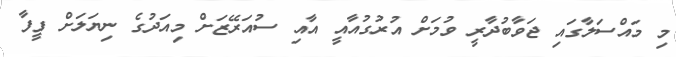
މި މައްސަލާގައި ޖަވާބުދާރީ ވުމަށް އުރުގުއާއީ އާއި ސުއަރޭޒަށް މިއަދުގެ ނިޔަލަށް ފީފާ